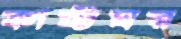
কাষ্টঘর